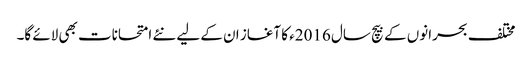
مختلف بحرانوں کے بیچ سال 2016ء کا آغاز ان کے لیے نئے امتحانات بھی لائے گا۔